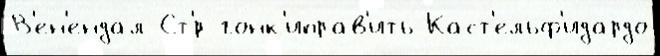
В'ен'ендал Ст'́р гонк'иправ'ить Каст'ельф'идардо